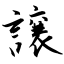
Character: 譲